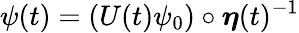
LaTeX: \psi(t)=(U(t)\psi_{0})\circ\boldsymbol\eta(t)^{-1}